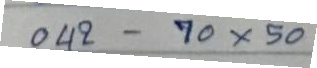
042 - 70 x 50